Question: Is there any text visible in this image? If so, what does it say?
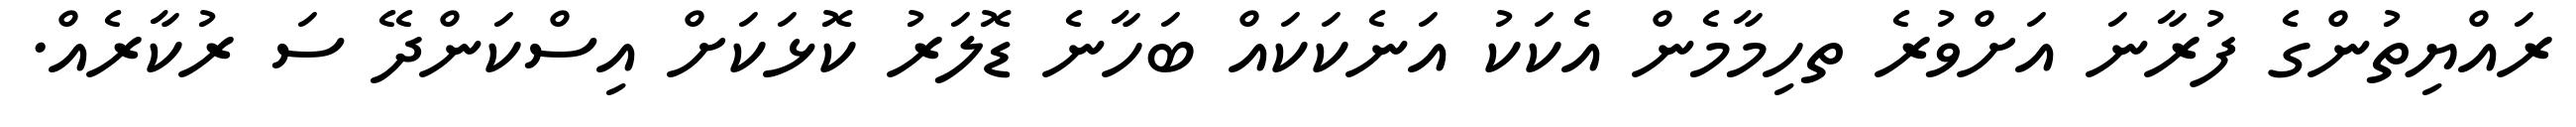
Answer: ރައްޔިތުންގެ ފުރާނަ އަށްވުރެ ތހިމާމެން އެކަކު އަނެކަކައް ބަހާނެ ޑޮލަރު ކޮޅަކަށް އިސްކަންދޭ ސަ ރުކާރެއް.